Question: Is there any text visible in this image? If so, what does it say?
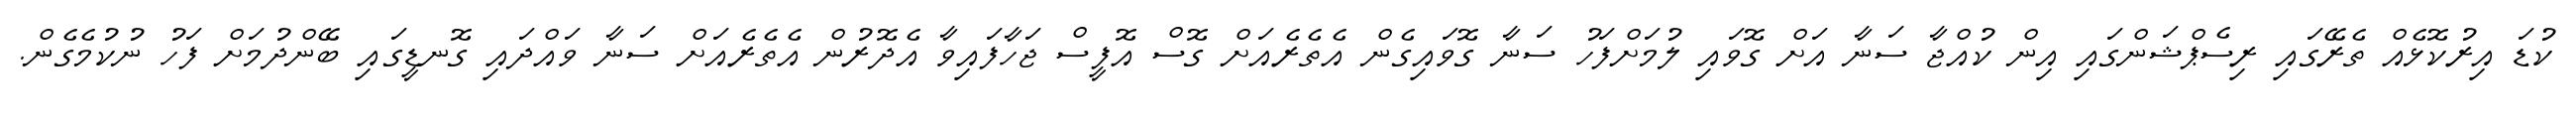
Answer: ކުޑަ އިރުކޮޅެއް ތެރޭގައި ރިސެޕްޝަންގައި އިން ކުއްޖާ ސަނާ އަށް ގޮވައި ލުމަށްފަހު ސަނާ ގޮވައިގެން އެތެރެއަށް ގޮސް އޮފީސް ޖަހާފައިވާ އެދޮރުން އެތެރެއަށް ސަނާ ވައްދައި ގޮނޑީގައި ބޭންދުމަށް ފަހު ނުކުމެގެން.